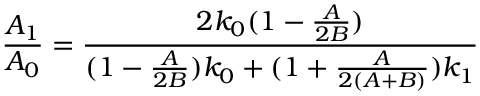
\frac { A _ { 1 } } { A _ { 0 } } = \frac { 2 k _ { 0 } ( 1 - \frac { A } { 2 B } ) } { ( 1 - \frac { A } { 2 B } ) k _ { 0 } + ( 1 + \frac { A } { 2 ( A + B ) } ) k _ { 1 } }